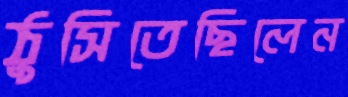
ঠুসিতেছিলেন